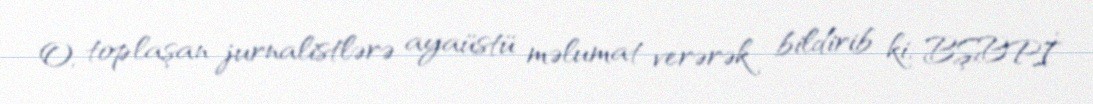
O, toplaşan jurnalistlərə ayaüstü məlumat verərək bildirib ki, BŞBPİ